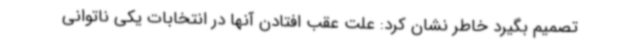
تصمیم بگیرد خاطر نشان کرد: علت عقب افتادن آنها در انتخابات یکی ناتوانی